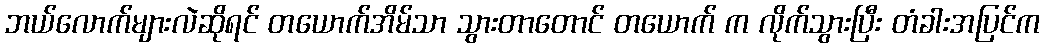
ဘယ်လောက်များလဲဆိုရင် တယောက်အိမ်သာ သွားတာတောင် တယောက် က လိုက်သွားပြီး တံခါးအပြင်က